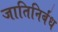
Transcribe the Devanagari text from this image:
जातिनिर्बंध